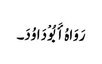
رَوَاہُ أَبُوْ دَاوُدَ۔